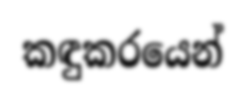
කඳුකරයෙන්